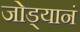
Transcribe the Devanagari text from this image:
जोड्यानं